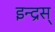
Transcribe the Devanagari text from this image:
इन्द्रस्